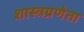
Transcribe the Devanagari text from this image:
शास्त्रप्रणेता